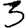
Digit: 3